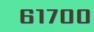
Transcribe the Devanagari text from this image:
६१७००